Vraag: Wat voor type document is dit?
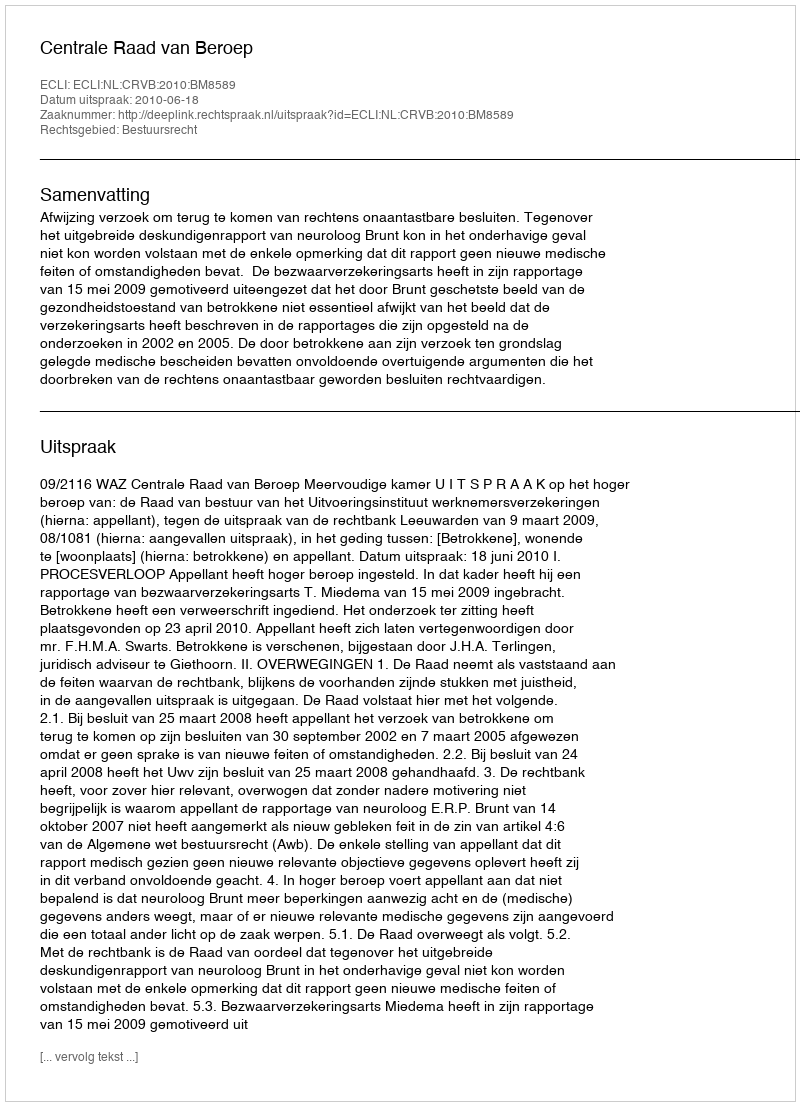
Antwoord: Uitspraak